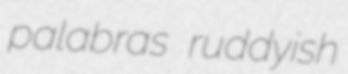
palabras ruddyish